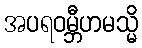
အပရဝမ္ဘီဟမသ္မိ